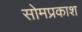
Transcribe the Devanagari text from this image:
सोमप्रकाश